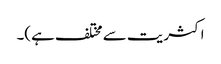
اکثریت سے مختلف ہے)۔